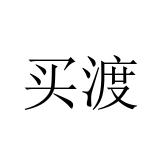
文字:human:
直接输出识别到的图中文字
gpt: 买渡